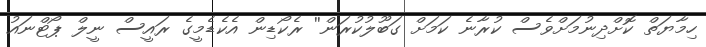
ހިމާޔަތް ކޮށްދިނުމަށްވެސް ކުރާނެ ކަމަށް ގަބޫލުކުރަން'' ރެކޯޑިން އެކެޑެމީގެ ރައީސް ނީލް ޕޯޓްނައު